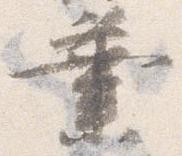
業